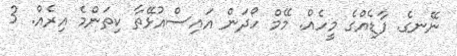
ނޭނގެ. ފާޑެއްގެ މީހެއް. މޭމް ހޯދަން އައިސްއުޅޭތާ ކިތަންމެ އިރެއް. 3